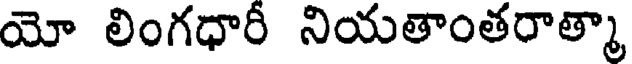
యో లింగధారీ నియతాంతరాత్మా